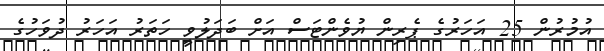
އުމުރުން 25 އަހަރުގެ ޕެރިން ޔުވެންޓަސް އަށް ބަދަލުވީ ހަތަރު އަހަރު ދުވަހުގެ